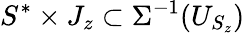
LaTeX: S^{*}\times J_{z}\subset\Sigma^{-1}(U_{S_{z}})